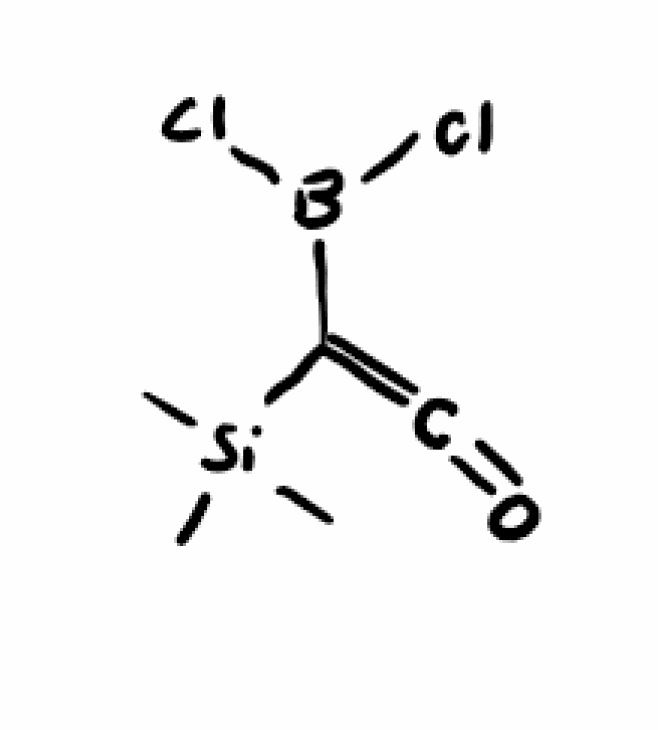
Simplified molecular-input line-entry system (SMILES) notation of the given molecule:
B(C(=C=O)[Si](C)(C)C)(Cl)Cl